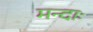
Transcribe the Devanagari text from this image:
मन्दाः